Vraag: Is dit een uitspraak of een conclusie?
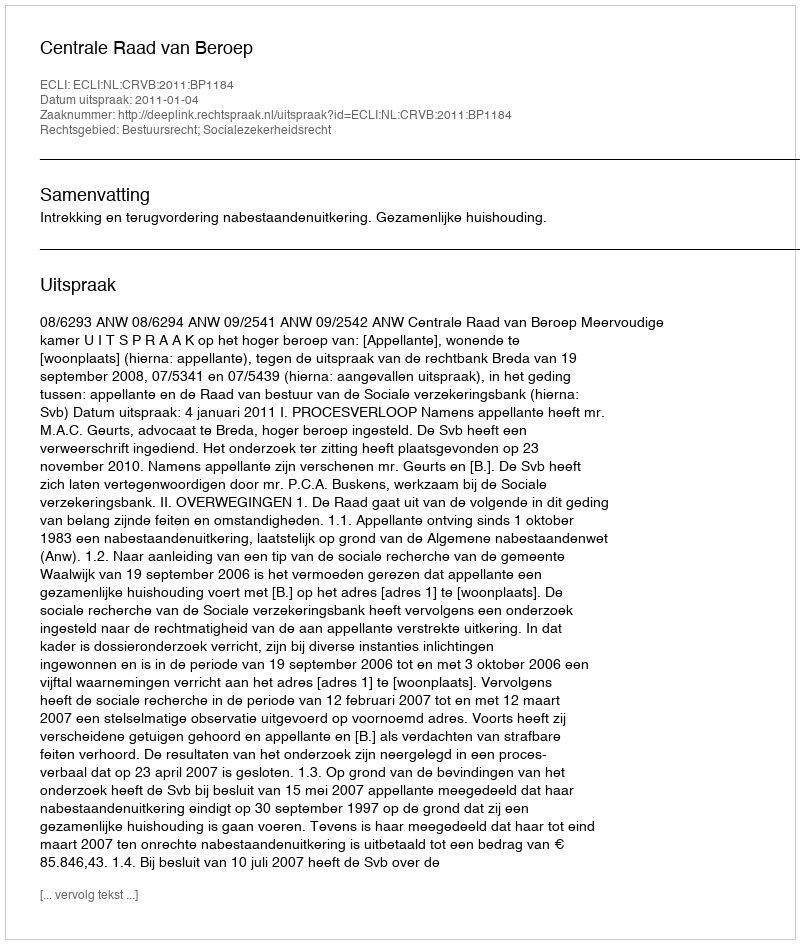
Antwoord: Uitspraak